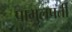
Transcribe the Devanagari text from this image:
पामुलपर्ती